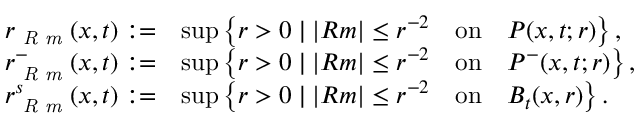
\begin{array} { r l } { r _ { \emph { R m } } ( x , t ) : = } & { \operatorname* { s u p } \left\{ r > 0 \mid | R m | \le r ^ { - 2 } \quad \mathrm { o n } \quad P ( x , t ; r ) \right\} , } \\ { r _ { \emph { R m } } ^ { - } ( x , t ) : = } & { \operatorname* { s u p } \left\{ r > 0 \mid | R m | \le r ^ { - 2 } \quad \mathrm { o n } \quad P ^ { - } ( x , t ; r ) \right\} , } \\ { r _ { \emph { R m } } ^ { s } ( x , t ) : = } & { \operatorname* { s u p } \left\{ r > 0 \mid | R m | \le r ^ { - 2 } \quad \mathrm { o n } \quad B _ { t } ( x , r ) \right\} . } \end{array}